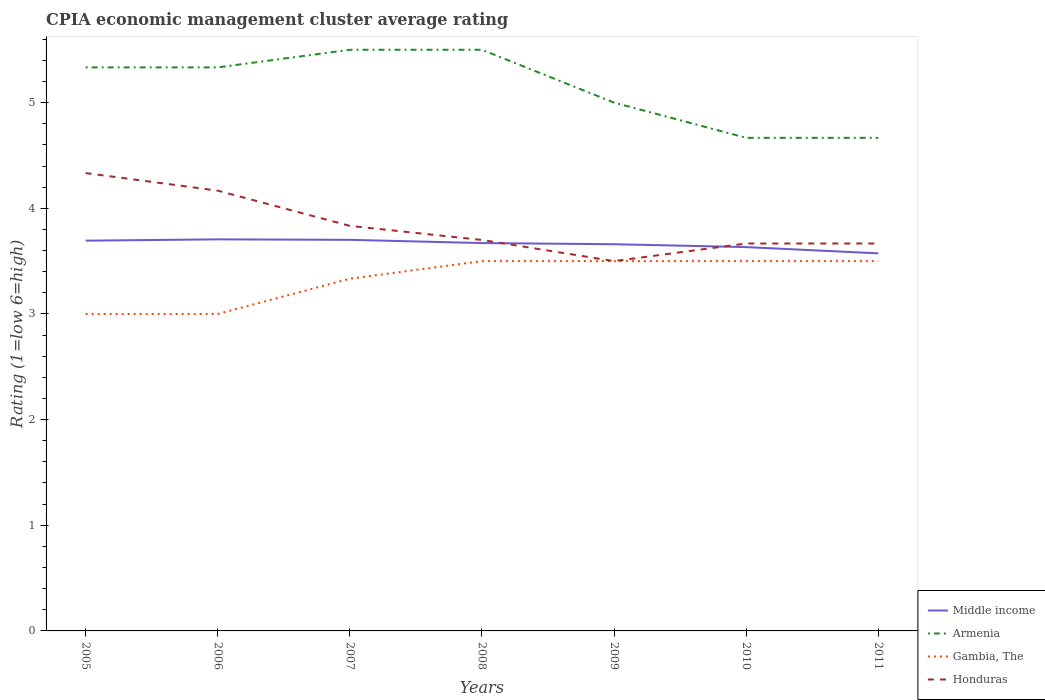
| Years | Middle income | Armenia | Gambia, The | Honduras |
 | --- | --- | --- | --- | --- |
 | 2005 | 3.69 | 5.33 | 3 | 4.33 |
 | 2006 | 3.71 | 5.33 | 3 | 4.17 |
 | 2007 | 3.7 | 5.5 | 3.33 | 3.83 |
 | 2008 | 3.67 | 5.5 | 3.5 | 3.7 |
 | 2009 | 3.66 | 5 | 3.5 | 3.5 |
 | 2010 | 3.63 | 4.67 | 3.5 | 3.67 |
 | 2011 | 3.57 | 4.67 | 3.5 | 3.67 |